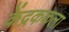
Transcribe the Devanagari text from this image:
केंद्रककला